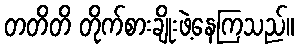
တတိတိ တိုက်စားချိုးဖဲ့နေကြသည်။